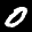
Label: 0